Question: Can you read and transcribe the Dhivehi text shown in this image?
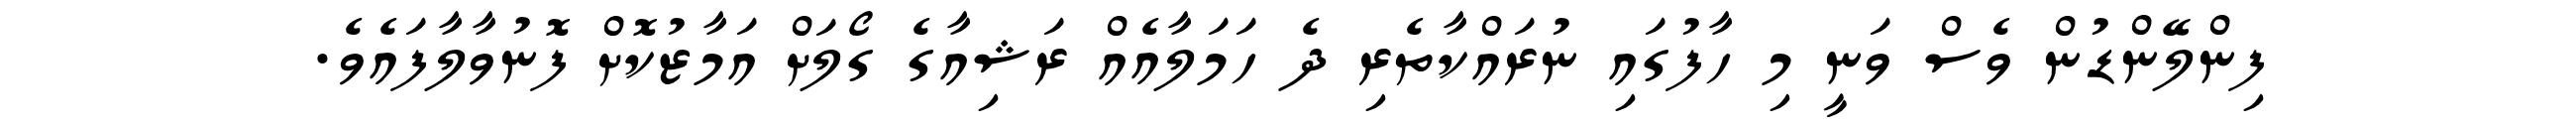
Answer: ފިންލޭންޑުން ވެސް ވަނީ މި ހާފުގައި ނުރައްކާތެރި ދެ ހަމަލާއެއް ރަޝިއާގެ ގޯލަށް އަމާޒުކޮށް ފޮނުވާލާފައެވެ.